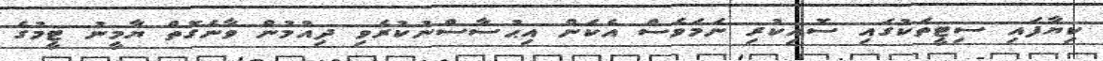
ކިޔާފައި ސިޓީތަކުގައި ސޮއިކުރި ނަމަވެސް އެކަން އިޙުސާސްނުކުރެވި ދިއުމުން ވާނެގޮތް ޔާމީނު ޓީމުގެ